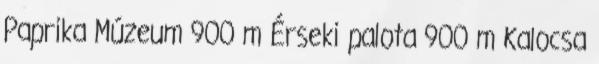
Paprika Múzeum 900 m Érseki palota 900 m Kalocsa